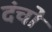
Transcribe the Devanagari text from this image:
दंचो